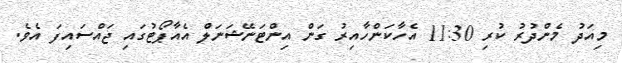
މިއަދު މެންދުރު ކުރި 11:30 އެހާކަންހާއިރު ގަން އިންޓަނޭޝަނަލް އެއާޕޯޓުގައި ޖައްސައިފަ އެވެ.